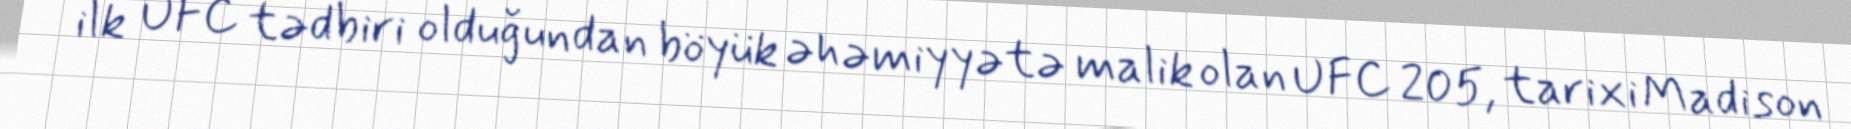
ilk UFC tədbiri olduğundan böyük əhəmiyyətə malik olan UFC 205, tarixi Madison